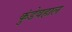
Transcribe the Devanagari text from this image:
कुंडेवहाल